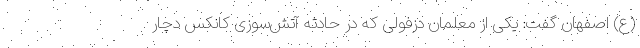
(ع) اصفهان گفت: یکی از معلمان دزفولی که در حادثه آتش‌سوزی کانکس دچار